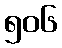
၅၀၆